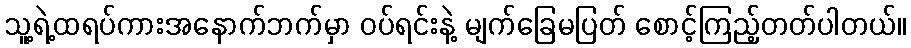
သူ့ရဲ့ထရပ်ကားအနောက်ဘက်မှာ ဝပ်ရင်းနဲ့ မျက်ခြေမပြတ် စောင့်ကြည့်တတ်ပါတယ်။